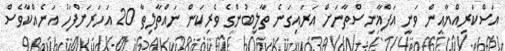
އަސްކަރިއްޔާއިން ވަނީ އަފްޣާނިސްތާނަށް އަރައިގަނެ ތާލިބުންގެ ވެރިކަން ނައްތާލިތާ 20 އަހަރަށްފަހު އަނެއްކާވެސް